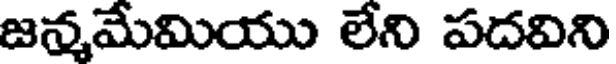
జన్మమేమియు లేని పదవిని